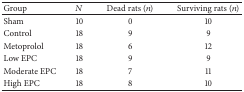
<table><thead><tr><td><b>Group</b></td><td><b><i>N</i></b></td><td><b>Dead rats (<i>n</i>)</b></td><td><b>Surviving rats (<i>n</i>)</b></td></tr></thead><tbody><tr><td>Sham</td><td>10</td><td>0</td><td>10</td></tr><tr><td>Control</td><td>18</td><td>9</td><td>9</td></tr><tr><td>Metoprolol</td><td>18</td><td>6</td><td>12</td></tr><tr><td>Low EPC</td><td>18</td><td>9</td><td>9</td></tr><tr><td>Moderate EPC</td><td>18</td><td>7</td><td>11</td></tr><tr><td>High EPC</td><td>18</td><td>8</td><td>10</td></tr></tbody></table>